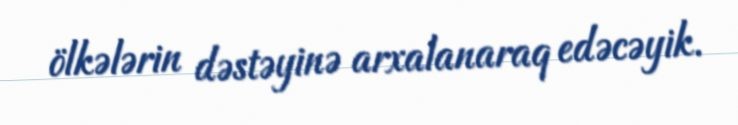
ölkələrin dəstəyinə arxalanaraq edəcəyik.